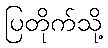
ပြတိုက်သို့